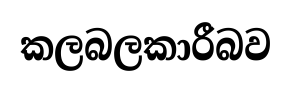
කලබලකාරීබව